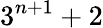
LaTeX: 3^{n+1}+2